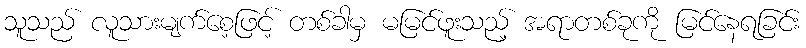
သူသည် လူသားမျက်စေ့ဖြင့် တစ်ခါမှ မမြင်ဖူးသည့် အရာတစ်ခုကို မြင်နေရခြင်း